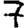
Digit: 7